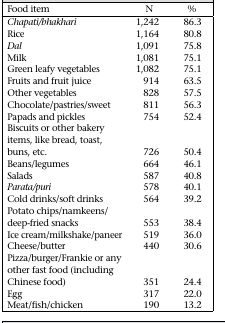
<table><thead><tr><td><b>Food item</b></td><td><b>N</b></td><td><b>%</b></td></tr></thead><tbody><tr><td><i>Chapati/bhakhari</i></td><td>1,242</td><td>86.3</td></tr><tr><td><i>Rice</i></td><td>1,164</td><td>80.8</td></tr><tr><td><i>Dal</i></td><td>1,091</td><td>75.8</td></tr><tr><td>Milk</td><td>1,081</td><td>75.1</td></tr><tr><td>Green leafy vegetables</td><td>1,082</td><td>75.1</td></tr><tr><td>Fruits and fruit juice</td><td>914</td><td>63.5</td></tr><tr><td>Other vegetables</td><td>828</td><td>57.5</td></tr><tr><td>Chocolate/pastries/sweet</td><td>811</td><td>56.3</td></tr><tr><td>Papads and pickles</td><td>754</td><td>52.4</td></tr><tr><td>Biscuits or other bakery items, like bread, toast, buns, etc.</td><td>726</td><td>50.4</td></tr><tr><td>Beans/legumes</td><td>664</td><td>46.1</td></tr><tr><td>Salads</td><td>587</td><td>40.8</td></tr><tr><td><i>Parata/puri</i></td><td>578</td><td>40.1</td></tr><tr><td>Cold drinks/soft drinks</td><td>564</td><td>39.2</td></tr><tr><td>Potato chips/namkeens/deep-fried snacks</td><td>553</td><td>38.4</td></tr><tr><td>Ice cream/milkshake/paneer</td><td>519</td><td>36.0</td></tr><tr><td>Cheese/butter</td><td>440</td><td>30.6</td></tr><tr><td>Pizza/burger/Frankie or any other fast food (including Chinese food)</td><td>351</td><td>24.4</td></tr><tr><td>Egg</td><td>317</td><td>22.0</td></tr><tr><td>Meat/fish/chicken</td><td>190</td><td>13.2</td></tr></tbody></table>